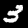
Label: 3